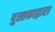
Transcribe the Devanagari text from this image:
पुस्तकाद्वारा